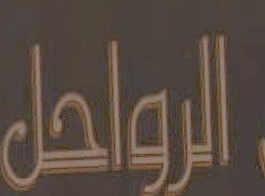
الرواحل